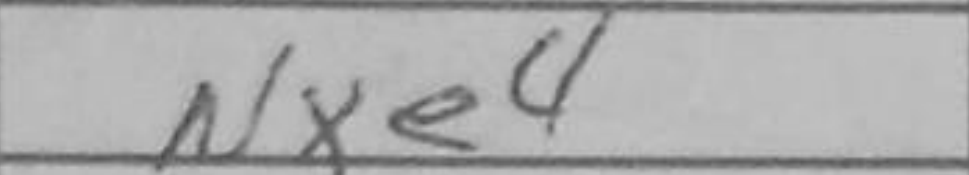
Transcription: Nxe4